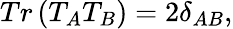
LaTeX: Tr\left(T_{A}T_{B}\right)=2\delta_{AB},